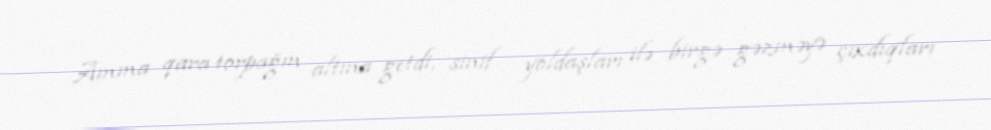
Amma qara torpağın altına getdi, sinif yoldaşları ilə birgə gəzməyə çıxdıqları